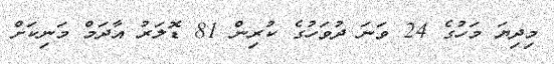
މިދިޔަ މަހުގެ 24 ވަނަ ދުވަހުގެ ކުރިން 81 ޑޮލަރު އާދަމް މަނިކަށް